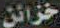
خزائن